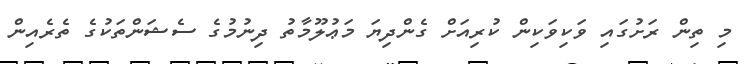
މި ތިން ރަށުގައި ވަކިވަކިން ކުރިއަށް ގެންދިޔަ މަޢުލޫމާތު ދިނުމުގެ ސެޝަންތަކުގެ ތެރެއިން